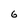
Character: 6